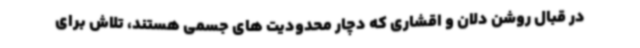
در قبال روشن دلان و اقشاری که دچار محدودیت های جسمی هستند، تلاش برای